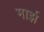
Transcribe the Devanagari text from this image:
मार्झ